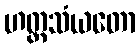
ဟတ္ထသံယတော